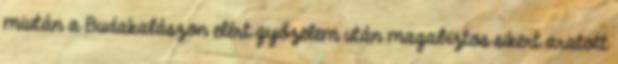
miután a Budakalászon elért győzelem után magabiztos sikert aratott